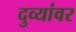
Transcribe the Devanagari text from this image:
दुव्यांवर